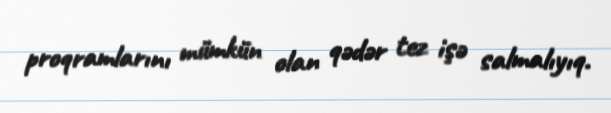
proqramlarını mümkün olan qədər tez işə salmalıyıq.